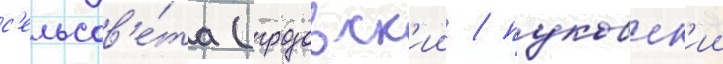
с'ельсов'е́та (грозовск'ии / пуковск'ии